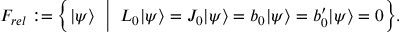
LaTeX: F _ { r e l } : = \Big \{ | \psi \rangle \; \; \Big | \; \; L _ { 0 } | \psi \rangle = J _ { 0 } | \psi \rangle = b _ { 0 } | \psi \rangle = b _ { 0 } ^ { \prime } | \psi \rangle = 0 \Big \} .